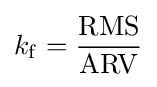
k_{\mathrm {f} }={\mathrm {RMS}  \over \mathrm {ARV} }